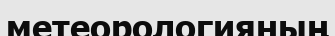
метеорологияның